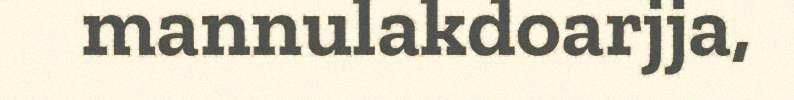
mannulakdoarjja,